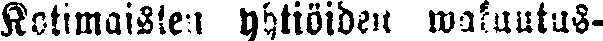
Kotimaisten yhtiöiden wakuutus-